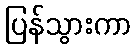
ပြန်သွားကာ